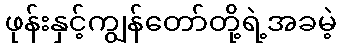
ဖုန်းနှင့်ကျွန်တော်တို့ရဲ့အခမဲ့